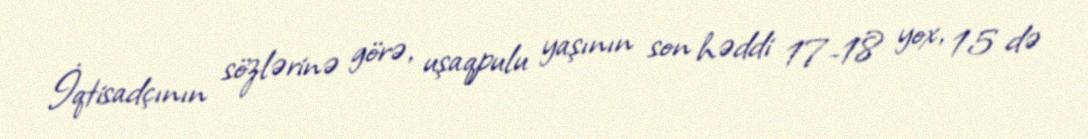
İqtisadçının sözlərinə görə, uşaqpulu yaşının son həddi 17-18 yox, 15 də